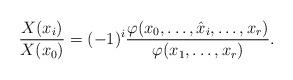
LaTeX: \begin{align*} \frac{X(x_i)}{X(x_0)} = (-1)^i \frac{\varphi(x_0,\ldots,\hat{x}_i,\ldots,x_r)}{\varphi(x_1,\ldots,x_r)}.\end{align*}